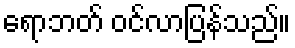
ရောဘတ် ဝင်လာပြန်သည်။